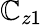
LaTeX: \mathbb{C}_{z1}